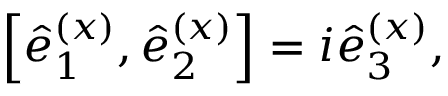
\begin{array} { r } { \left[ \hat { e } _ { 1 } ^ { ( x ) } , \hat { e } _ { 2 } ^ { ( x ) } \right] = i \hat { e } _ { 3 } ^ { ( x ) } , } \end{array}